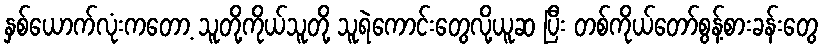
နှစ်ယောက်လုံးကတော့ သူတို့ကိုယ်သူတို့ သူရဲကောင်းတွေလို့ယူဆ ပြီး တစ်ကိုယ်တော်စွန့်စားခန်းတွေ